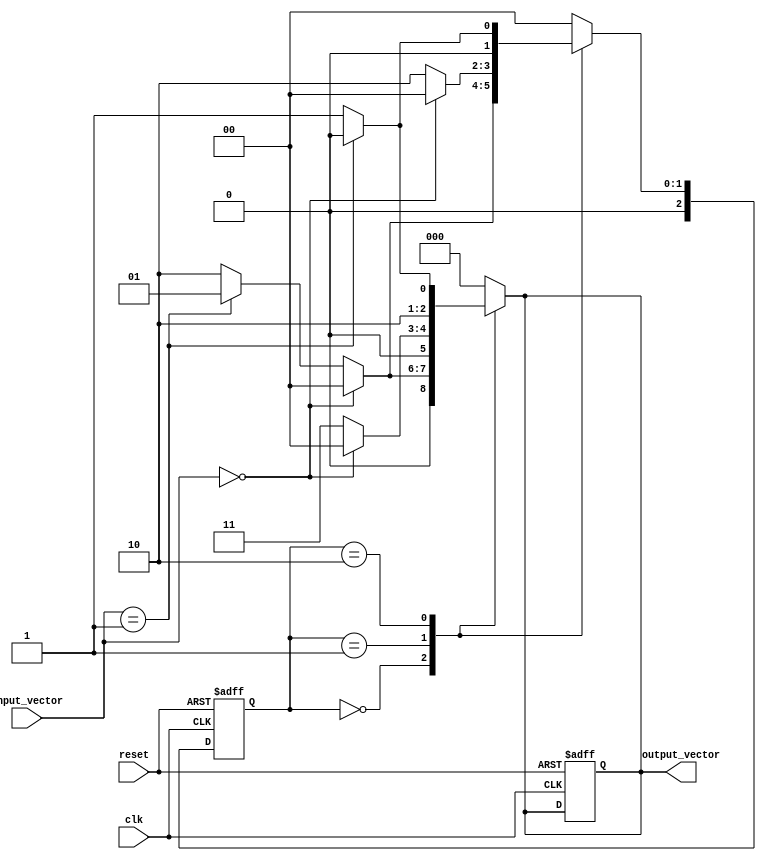
module mealy_fsm (
    input wire clk,               // Clock signal
    input wire reset,             // Asynchronous reset signal
    input wire [M-1:0] input_vector, // Input vector (M bits)
    output reg [N-1:0] output_vector // Output vector (N bits)
);

// Parameter definitions
parameter N = 3;                // Number of bits for state representation
parameter M = 2;                // Number of input bits
parameter STATE_A = 3'b000;     // State A
parameter STATE_B = 3'b001;     // State B
parameter STATE_C = 3'b010;     // State C
// Add more states as needed

// State register
reg [N-1:0] current_state, next_state;

// State transition logic
always @(*) begin
    case (current_state)
        STATE_A: begin
            if (input_vector == 2'b00) begin
                next_state = STATE_A;
                output_vector = 3'b000; // Output for STATE_A
            end else if (input_vector == 2'b01) begin
                next_state = STATE_B;
                output_vector = 3'b001; // Output for STATE_B
            end else begin
                next_state = STATE_C;
                output_vector = 3'b010; // Output for STATE_C
            end
        end
        
        STATE_B: begin
            if (input_vector == 2'b00) begin
                next_state = STATE_A;
                output_vector = 3'b000; // Output for STATE_A
            end else begin
                next_state = STATE_C;
                output_vector = 3'b011; // Output for STATE_C
            end
        end
        
        STATE_C: begin
            if (input_vector == 2'b01) begin
                next_state = STATE_A;
                output_vector = 3'b100; // Output for STATE_A
            end else begin
                next_state = STATE_B;
                output_vector = 3'b101; // Output for STATE_B
            end
        end
        
        default: begin
            next_state = STATE_A;
            output_vector = 3'b000; // Default output
        end
    endcase
end

// State update logic
always @(posedge clk or posedge reset) begin
    if (reset) begin
        current_state <= STATE_A; // Reset to initial state
        output_vector <= 3'b000;   // Reset output
    end else begin
        current_state <= next_state; // Update state on clock edge
    end
end

endmodule